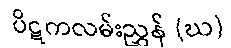
ပိဋကလမ်းညွှန် (ဃ)